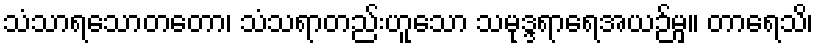
သံသာရသောတတော၊ သံသရာတည်းဟူသော သမုဒ္ဒရာရေအယဉ်မှ။ တာရေသိ၊